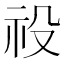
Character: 祋